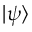
\vert \psi \rangle